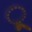
ૂ